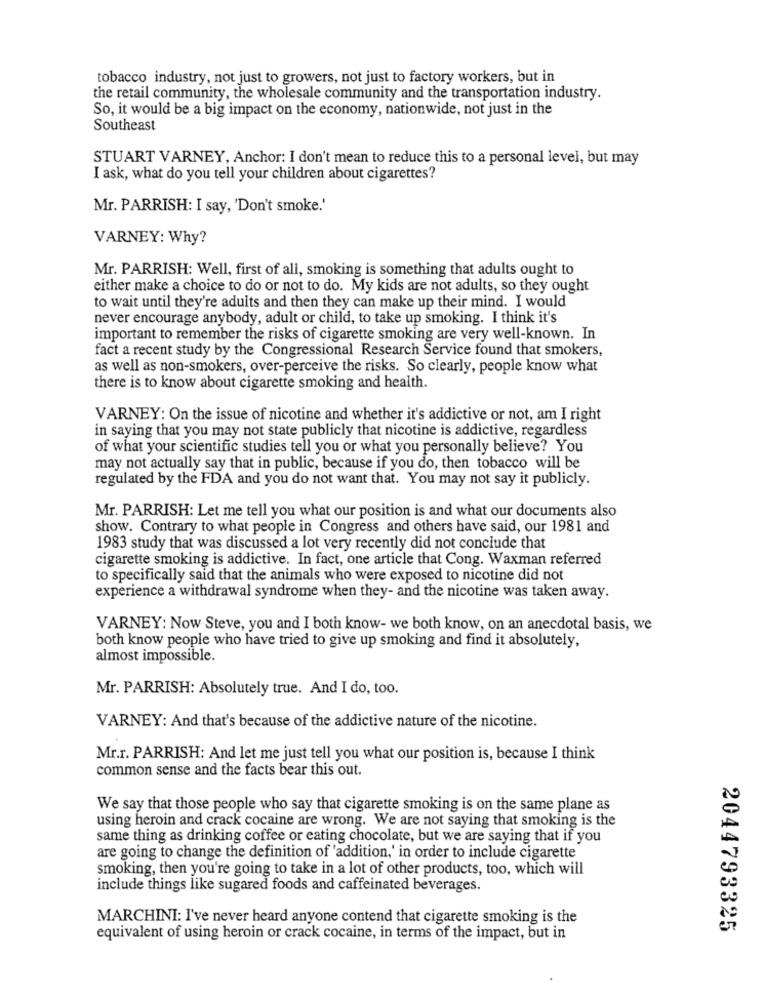
tobacco industry, not just to growers, not just to factory workers, but in
the retail community, the wholesale community and the transportation industry.
So, it would be a big impact on the economy, nationwide, not just in the
Southeast
STUART VARNEY, Anchor: I don't mean to reduce this to a personal level, but may
I ask, what do you tell your children about cigarettes?
Mr. PARRISH: I say, 'Don't smoke.'
VARNEY: Why?
Mr. PARRISH: Well, first of all, smoking is something that adults ought to
either make a choice to do or not to do. My kids are not adults, so they ought
to wait until they're adults and then they can make up their mind. I would
never encourage anybody, adult or child, to take up smoking. I think it's
important to remember the risks of cigarette smoking are very well-known. In
fact a recent study by the Congressional Research Service found that smokers,
as well as non-smokers, over-perceive the risks. So clearly, people know what
there is to know about cigarette smoking and health.
VARNEY: On the issue of nicotine and whether it's addictive or not, am I right
in saying that you may not state publicly that nicotine is addictive, regardless
of what your scientific studies tell you or what you personally believe? You
may not actually say that in public, because if you do, then tobacco will be
regulated by the FDA and you do not want that. You may not say it publicly.
Mr. PARRISH: Let me tell you what our position is and what our documents also
show. Contrary to what people in Congress and others have said, our 1981 and
1983 study that was discussed a lot very recently did not conclude that
cigarette smoking is addictive. In fact, one article that Cong. Waxman referred
to specifically said that the animals who were exposed to nicotine did not
experience a withdrawal syndrome when they- and the nicotine was taken away.
VARNEY: Now Steve, you and I both know- we both know, on an anecdotal basis, we
both know people who have tried to give up smoking and find it absolutely,
almost impossible.
Mr. PARRISH: Absolutely true. And I do, too.
VARNEY: And that's because of the addictive nature of the nicotine.
Mr.r. PARRISH: And let me just tell you what our position is, because I think
common sense and the facts bear this out.
We say that those people who say that cigarette smoking is on the same plane as
using heroin and crack cocaine are wrong. We are not saying that smoking is the
same thing as drinking coffee or eating chocolate, but we are saying that if you
are going to change the definition of 'addition,' in order to include cigarette
smoking, then you're going to take in a lot of other products, too, which will
include things like sugared foods and caffeinated beverages.
MARCHINI: I've never heard anyone contend that cigarette smoking is the
2044793325
equivalent of using heroin or crack cocaine, in terms of the impact, but in